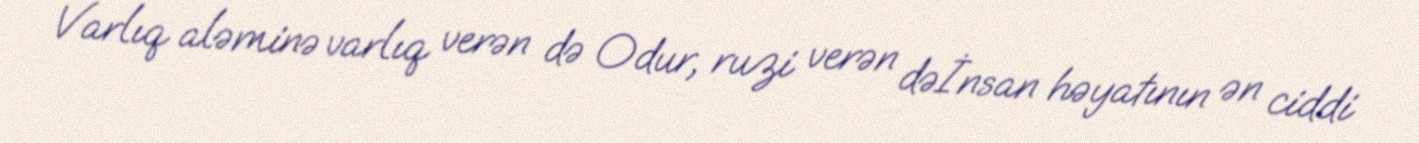
Varlıq aləminə varlıq verən də Odur, ruzi verən dəİnsan həyatının ən ciddi